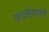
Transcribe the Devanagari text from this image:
पाचलेगावने